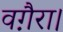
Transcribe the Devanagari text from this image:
वग़ैरा।